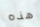
هذه